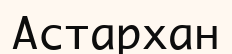
Астархан